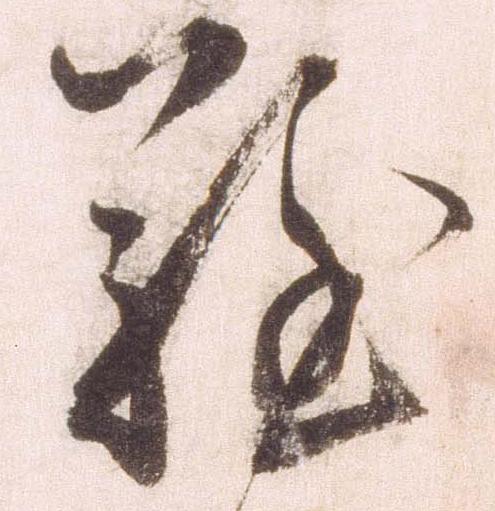
難